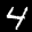
Label: 4